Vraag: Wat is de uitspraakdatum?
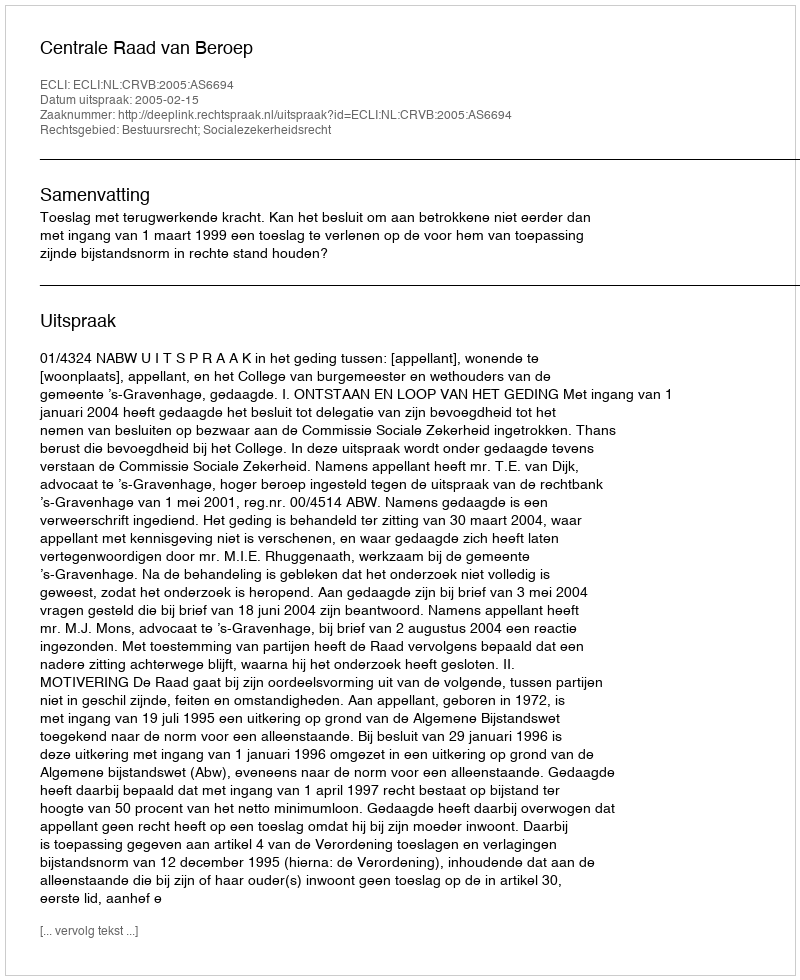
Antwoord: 2005-02-15